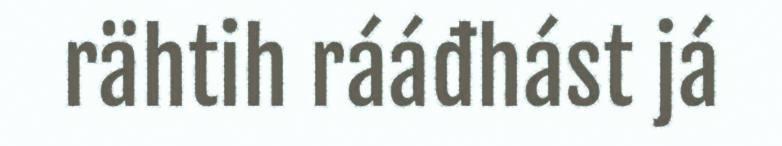
rähtih rááđhást já